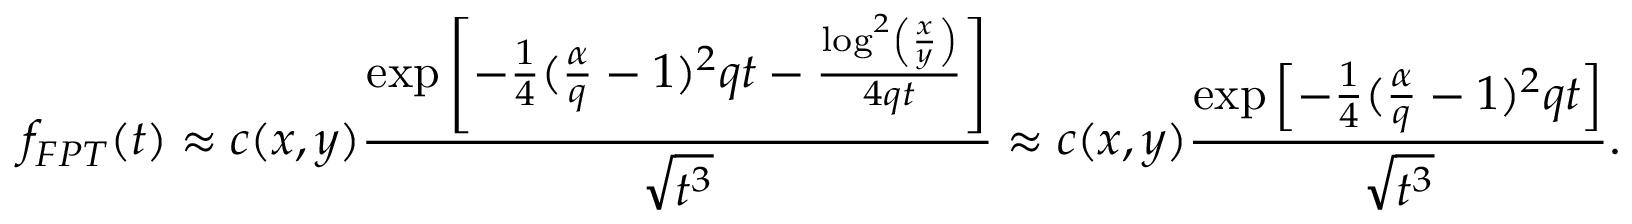
f _ { F P T } ( t ) \approx c ( x , y ) \frac { \exp \left[ - \frac { 1 } { 4 } ( \frac { \alpha } { q } - 1 ) ^ { 2 } q t - \frac { \log ^ { 2 } \left( \frac { x } { y } \right) } { 4 q t } \right] } { \sqrt { t ^ { 3 } } } \approx c ( x , y ) \frac { \exp \left[ - \frac { 1 } { 4 } ( \frac { \alpha } { q } - 1 ) ^ { 2 } q t \right] } { \sqrt { t ^ { 3 } } } .